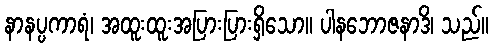
နာနပ္ပကာရံ၊ အထူးထူးအပြားပြားရှိသော။ ပါနဘောဇနာဒိ၊ သည်။